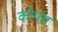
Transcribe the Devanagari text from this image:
कोपंस